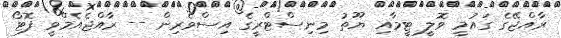
ރާއްޖޭގެ ގައުމީ ވޮލީ ޓީމާއި ޔޫތު މިނިސްޓްރީގެ އިސްވެރިން -- ރާއްޖެއެމްވީ ފޮޓޯ